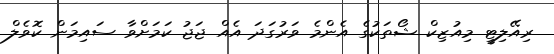
ރިއޭލިޓީ މިއުޒިކް ޝޯތަކުގެ އެންމެ ވަރުގަދަ އެއް ޖަޖު ކަމަށްވާ ސައިމަން ކޮވެލް